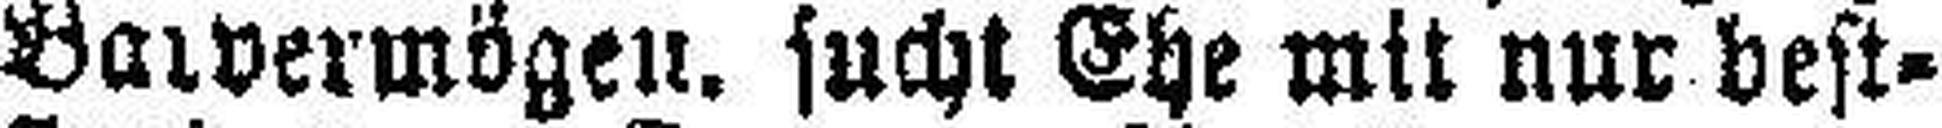
Barvermögen. sucht Ehe mit nur best¬